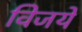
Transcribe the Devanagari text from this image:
विजये